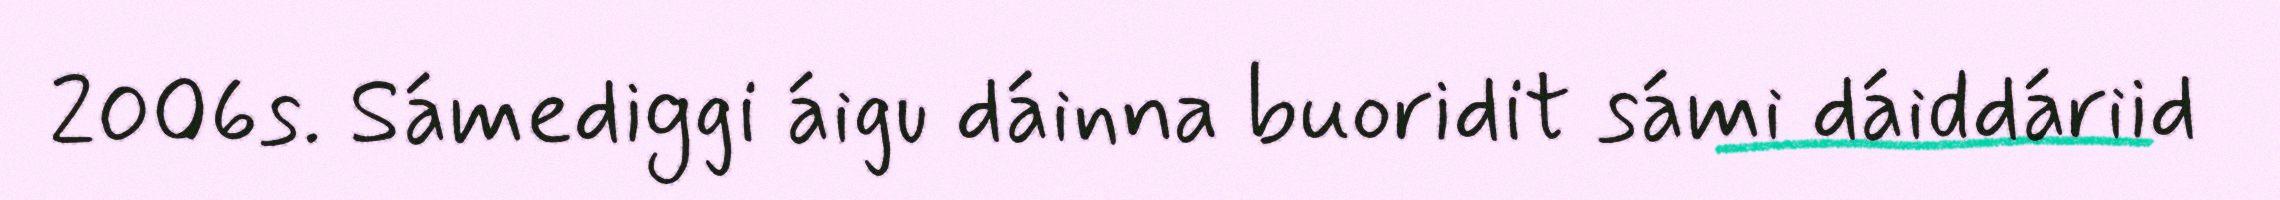
2006s. Sámediggi áigu dáinna buoridit sámi dáiddáriid